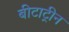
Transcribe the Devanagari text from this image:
बीटाट्रीन